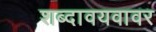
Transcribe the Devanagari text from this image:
शब्दावयवावर